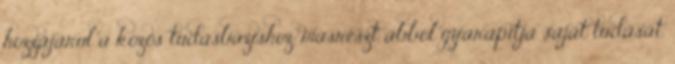
hozzájárul a közös tudásbázishoz, másrészt abból gyarapítja saját tudását.